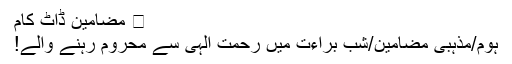
⋆ مضامین ڈاٹ کام
ہوم/مذہبی مضامین/شبِ براءت میں رحمتِ الہی سے محروم رہنے والے!